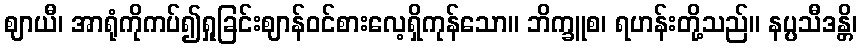
ဈာယီ၊ အာရုံကိုကပ်၍ရှုခြင်းဈာန်ဝင်စားလေ့ရှိကုန်သော။ ဘိက္ခူစ၊ ရဟန်းတို့သည်။ နပ္ပသီဒန္တိ၊